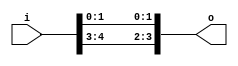
module bsg_concentrate_static_1b
(
  i,
  o
);

  input [4:0] i;
  output [3:0] o;
  wire [3:0] o;
  assign o[3] = i[4];
  assign o[2] = i[3];
  assign o[1] = i[1];
  assign o[0] = i[0];

endmodule